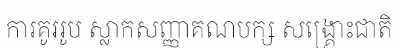
ការគូររូប ស្លាកសញ្ញាគណបក្ស សង្គ្រោះជាតិ